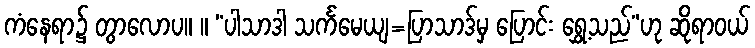
ကံနေရာ၌ တွာလောပ။ ။ “ပါသာဒါ သင်္ကမေယျ=ပြာသာဒ်မှ ပြောင်း ရွှေ့သည်”ဟု ဆိုရာဝယ်